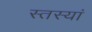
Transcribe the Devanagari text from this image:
स्तस्यां